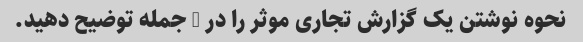
نحوه نوشتن یک گزارش تجاری موثر را در 1 جمله توضیح دهید.